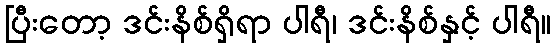
ပြီးတော့ ဒင်းနိစ်ရှိရာ ပါရီ၊ ဒင်းနိစ်နှင့် ပါရီ။